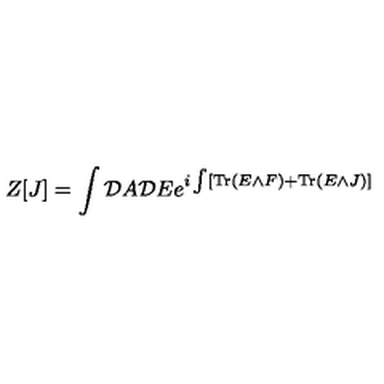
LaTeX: Z [ J ] = \int { \cal D } A { \cal D } E e ^ { i \int [ \mathrm { T r } \left( E \wedge F \right) + \mathrm { T r } \left( E \wedge J \right) ] }